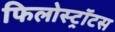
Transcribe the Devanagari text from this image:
फिलोस्ट्रॉटस